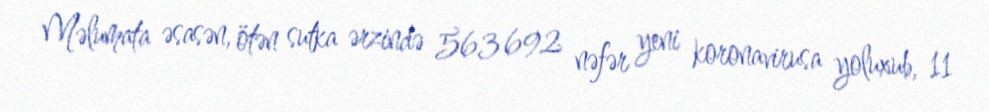
Məlumata əsasən, ötən sutka ərzində 563 692 nəfər yeni koronavirusa yoluxub, 11